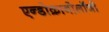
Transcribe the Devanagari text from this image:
एन्डोक्रानोलॉजी